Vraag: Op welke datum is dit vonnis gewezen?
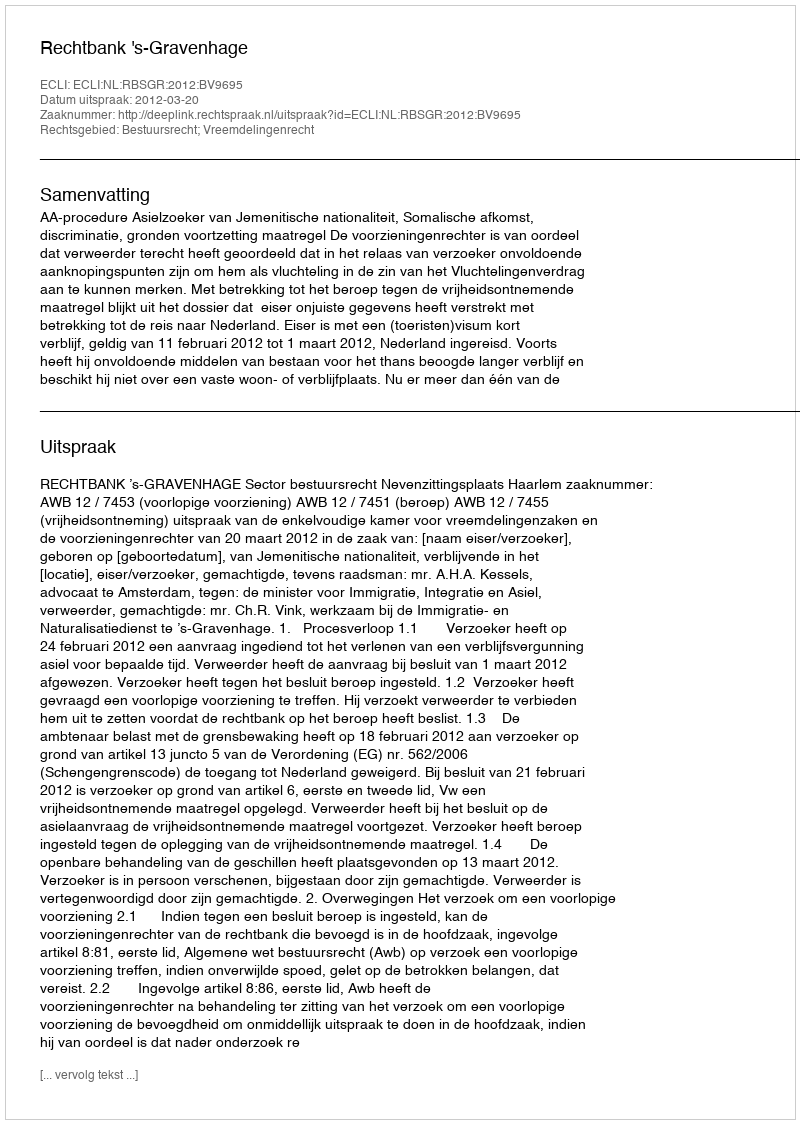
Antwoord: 2012-03-20